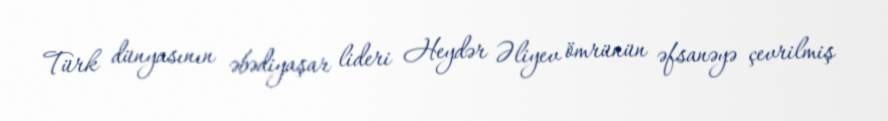
Türk dünyasının əbədiyaşar lideri Heydər Əliyev ömrünün əfsanəyə çevrilmiş